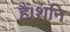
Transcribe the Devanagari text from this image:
हैं।शनि